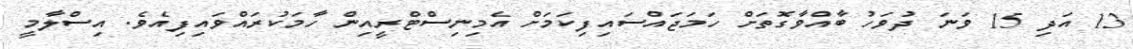
13 އަދި 15 ވަނަ ދުވަހު ބާއްވާގޮތަށް ހަމަޖައްސައިފިކަމަށް އެމިނިސްޓްރީއިން ހާމަކުރައްވައިފިއެވެ. އިސްލާމީ